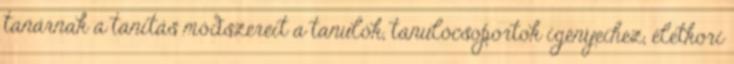
tanárnak a tanítás módszereit a tanulók, tanulócsoportok igényeihez, életkori